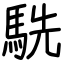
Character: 駪